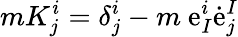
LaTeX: mK_{j}^{i}=\delta_{j}^{i}-m~\mathrm{e}_{I}^{i}{\dot{{\mathrm{e}}}}_{j}^{I}